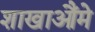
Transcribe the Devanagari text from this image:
शाखाऔंमे